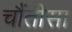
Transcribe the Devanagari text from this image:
चौंतीसा